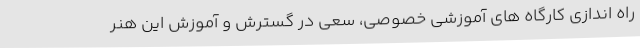
راه اندازی کارگاه های آموزشی خصوصی، سعی در گسترش و آموزش این هنر